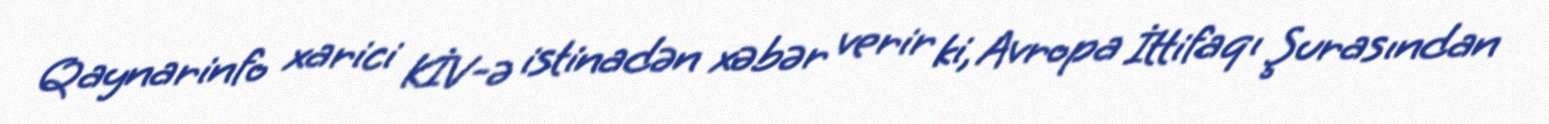
Qaynarinfo xarici KİV-ə istinadən xəbər verir ki, Avropa İttifaqı Şurasından